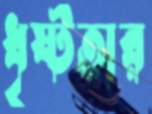
ধৃষ্টতার